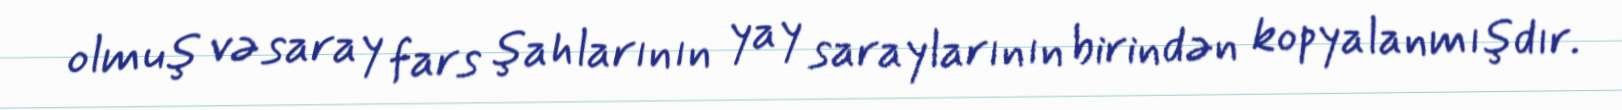
olmuş və saray fars şahlarının yay saraylarının birindən kopyalanmışdır.